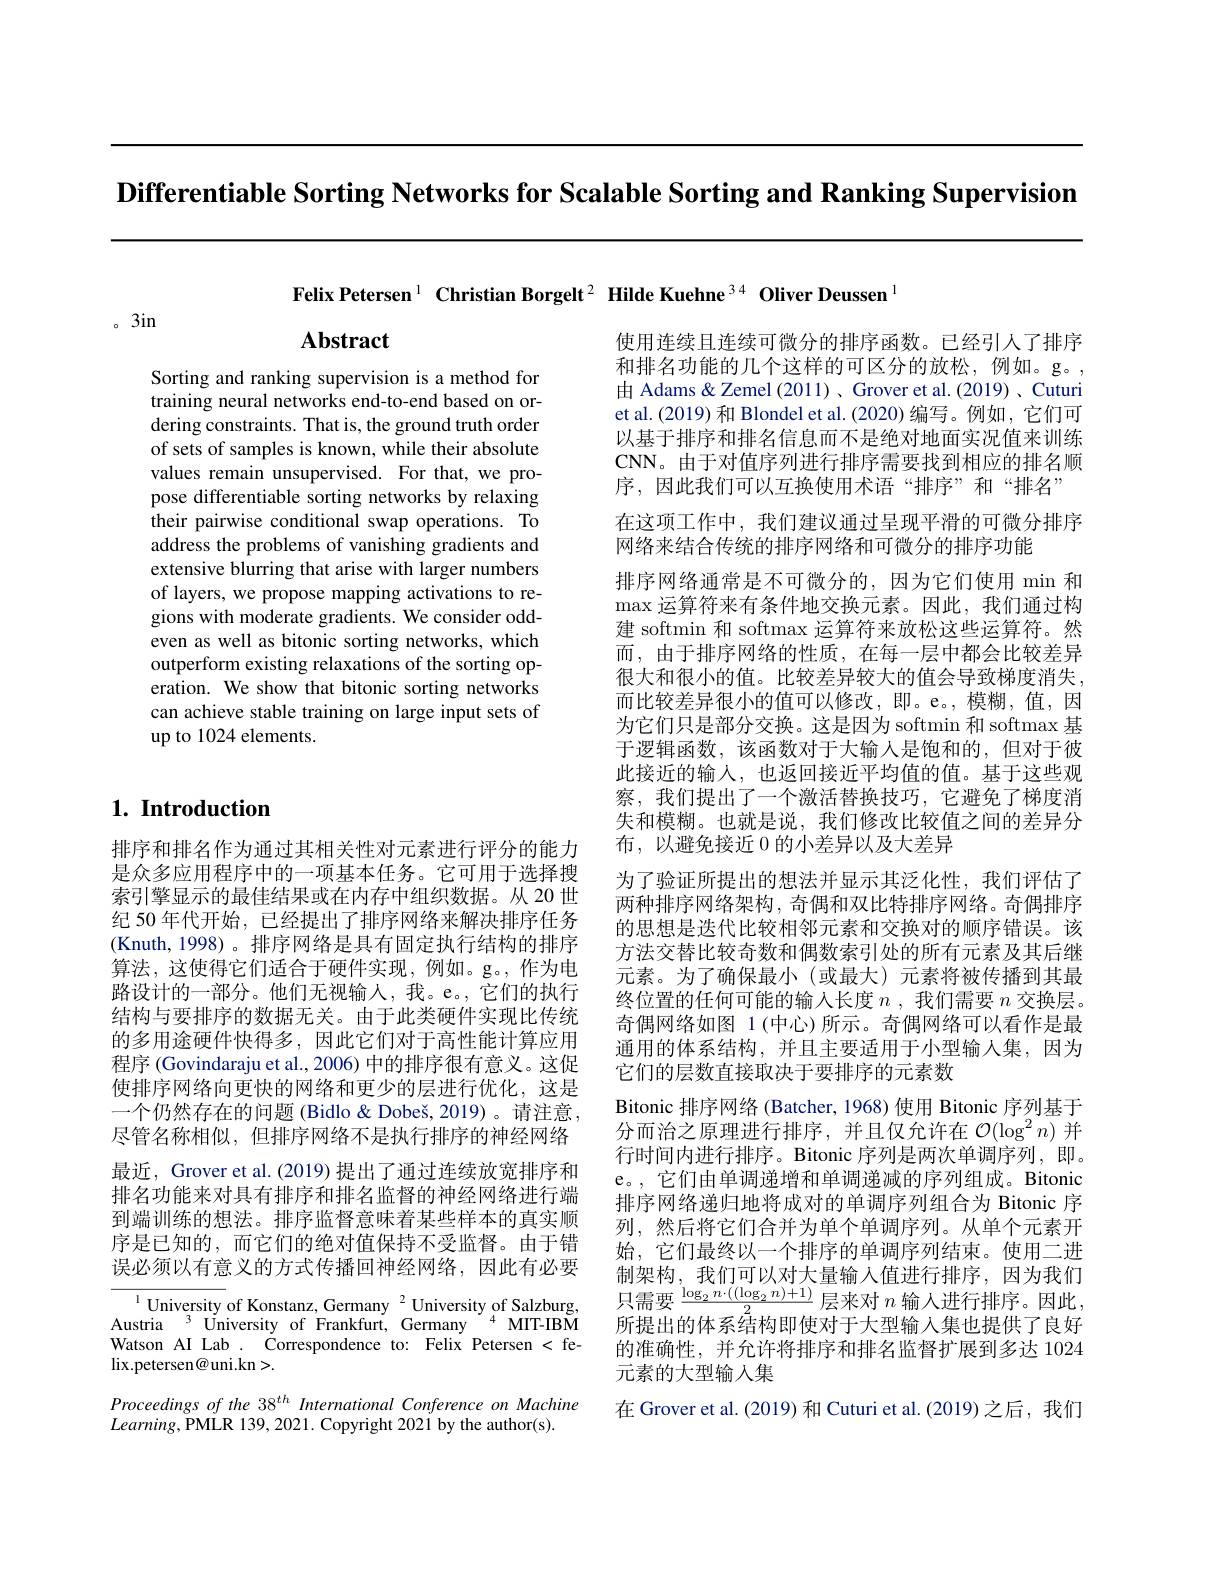
Differentiable Sorting Networks for Scalable Sorting and Ranking Supervision

Felix Petersen$^1\textbf{Christian Borgelt}^2\textbf{Hilde Kuehne}^{34}\textbf{Oliver Deussen}^{1}$

。3in

Abstract

Sorting and ranking supervision is a method for training neural networks end-to-end based on ordering constraints. That is, the ground truth order of sets of samples is known, while their absolute values remain unsupervised. For that, we propose differentiable sorting networks by relaxing their pairwise conditional swap operations. To address the problems of vanishing gradients and extensive blurring that arise with larger numbers of layers, we propose mapping activations to regions with moderate gradients. We consider oddeven as well as bitonic sorting networks, which outperform existing relaxations of the sorting operation. We show that bitonic sorting networks can achieve stable training on large input sets of up to 1024 elements.

# $1. \textbf{Introduction}$

使用连续且连续可微分的排序函数。已经引人了排序和排名功能的几个这样的可区分的放松，例如。g。, 由 Adams & Zemel (2011) , Grover et al. (2019) 、Cuturi et al.(2019) 和 Blondel et al. (2020) 编写。例如，它们可以基于排序和排名信息而不是绝对地面实况值来训练CNN。由于对值序列进行排序需要找到相应的排名顺序，因此我们可以互换使用术语“排序”和“排名”
在这项工作中，我们建议通过呈现平滑的可微分排序
网络来结合传统的排序网络和可微分的排序功能
排序网络通常是不可微分的，因为它们使用 min 和$\operatorname*{max}$运算符来有条件地交换元素。因此，我们通过构建 softmin 和 softmax 运算符来放松这些运算符。然而，由于排序网络的性质，在每一层中都会比较差异很大和很小的值。比较差异较大的值会导致梯度消失， 而比较差异很小的值可以修改，即。e。,模糊，值，因为它们只是部分交换。这是因为 softmin 和 softmax 基于逻辑函数，该函数对于大输入是饱和的，但对于彼此接近的输入，也返回接近平均值的值。基于这些观察，我们提出了一个激活替换技巧，它避免了梯度消失和模糊。也就是说，我们修改比较值之间的差异分布，以避免接近 0 的小差异以及大差异
为了验证所提出的想法并显示其泛化性，我们评估了两种排序网络架构，奇偶和双比特排序网络。奇偶排序的思想是迭代比较相邻元素和交换对的顺序错误。该方法交替比较奇数和偶数索引处的所有元素及其后继元素。为了确保最小(或最大)元素将被传播到其最终位置的任何可能的输入长度$n$ ,我们需要$n$交换层。奇偶网络如图 1(中心)所示。奇偶网络可以看作是最通用的体系结构，并且主要适用于小型输入集，因为它们的层数直接取决于要排序的元素数
Bitonic 排序网络 (Batcher, 1968) 使用 Bitonic 序列基于分而治之原理进行排序，并且仅允许在$\mathcal{O}(\log^2n)$并行时间内进行排序。Bitonic 序列是两次单调序列，即。e。, 它们由单调递增和单调递减的序列组成。Bitonic 排序网络递归地将成对的单调序列组合为 Bitonic 序列，然后将它们合并为单个单调序列。从单个元素开始，它们最终以一个排序的单调序列结束。使用二进制架构，我们可以对大量输入值进行排序，因为我们则 不 同 , JN$\|$小 小 小 小 人 型 10个 值 近 门 门 , 白 力 内 门 只 需 要 $\frac {\log _2n\cdot ( ( \log _2n) + 1) }2$层 来 对 $n$ 输 入 进 行 排 序 。因 此 , 所提出的体系结构即使对于大型输入集也提供了良好的准确性，并允许将排序和排名监督扩展到多达 1024元素的大型输入集
在 Grover et al. (2019) 和 Cuturi et al.(2019) 之后，我们

排序和排名作为通过其相关性对元素进行评分的能力是众多应用程序中的一项基本任务。它可用于选择搜索引擎显示的最佳结果或在内存中组织数据。从 20 世纪 50 年代开始，已经提出了排序网络来解决排序任务(Knuth,1998)。排序网络是具有固定执行结构的排序算法，这使得它们适合于硬件实现，例如。g。,作为电路设计的一部分。他们无视输入，我。e。,它们的执行结构与要排序的数据无关。由于此类硬件实现比传统的多用途硬件快得多，因此它们对于高性能计算应用程序 (Govindaraju et al., 2006) 中的排序很有意义。这促使排序网络向更快的网络和更少的层进行优化，这是一个仍然存在的问题 (Bidlo & Dobeš, 2019) 。请注意 , 尽管名称相似，但排序网络不是执行排序的神经网络最近，Grover et al. (2019) 提出了通过连续放宽排序和排名功能来对具有排序和排名监督的神经网络进行端到端训练的想法。排序监督意味着某些样本的真实顺序是已知的，而它们的绝对值保持不受监督。由于错误必须以有意义的方式传播回神经网络，因此有必要
$^{1}$University of Konstanz, Germany $^2$ University of Salzburg, Austria $^{3}$ University of Frankfurt, Germany $^{4}$ MIT-IBM Watson AI Lab . Correspondence to: Felix Petersen < fe-

$\operatorname*{lix.petersen@uni.kn}>.$
Proceedings of the 38$^{th}$ International Conference on Machine
$Learning$,PMLR 139,2021.Copyright 2021by the author(s).